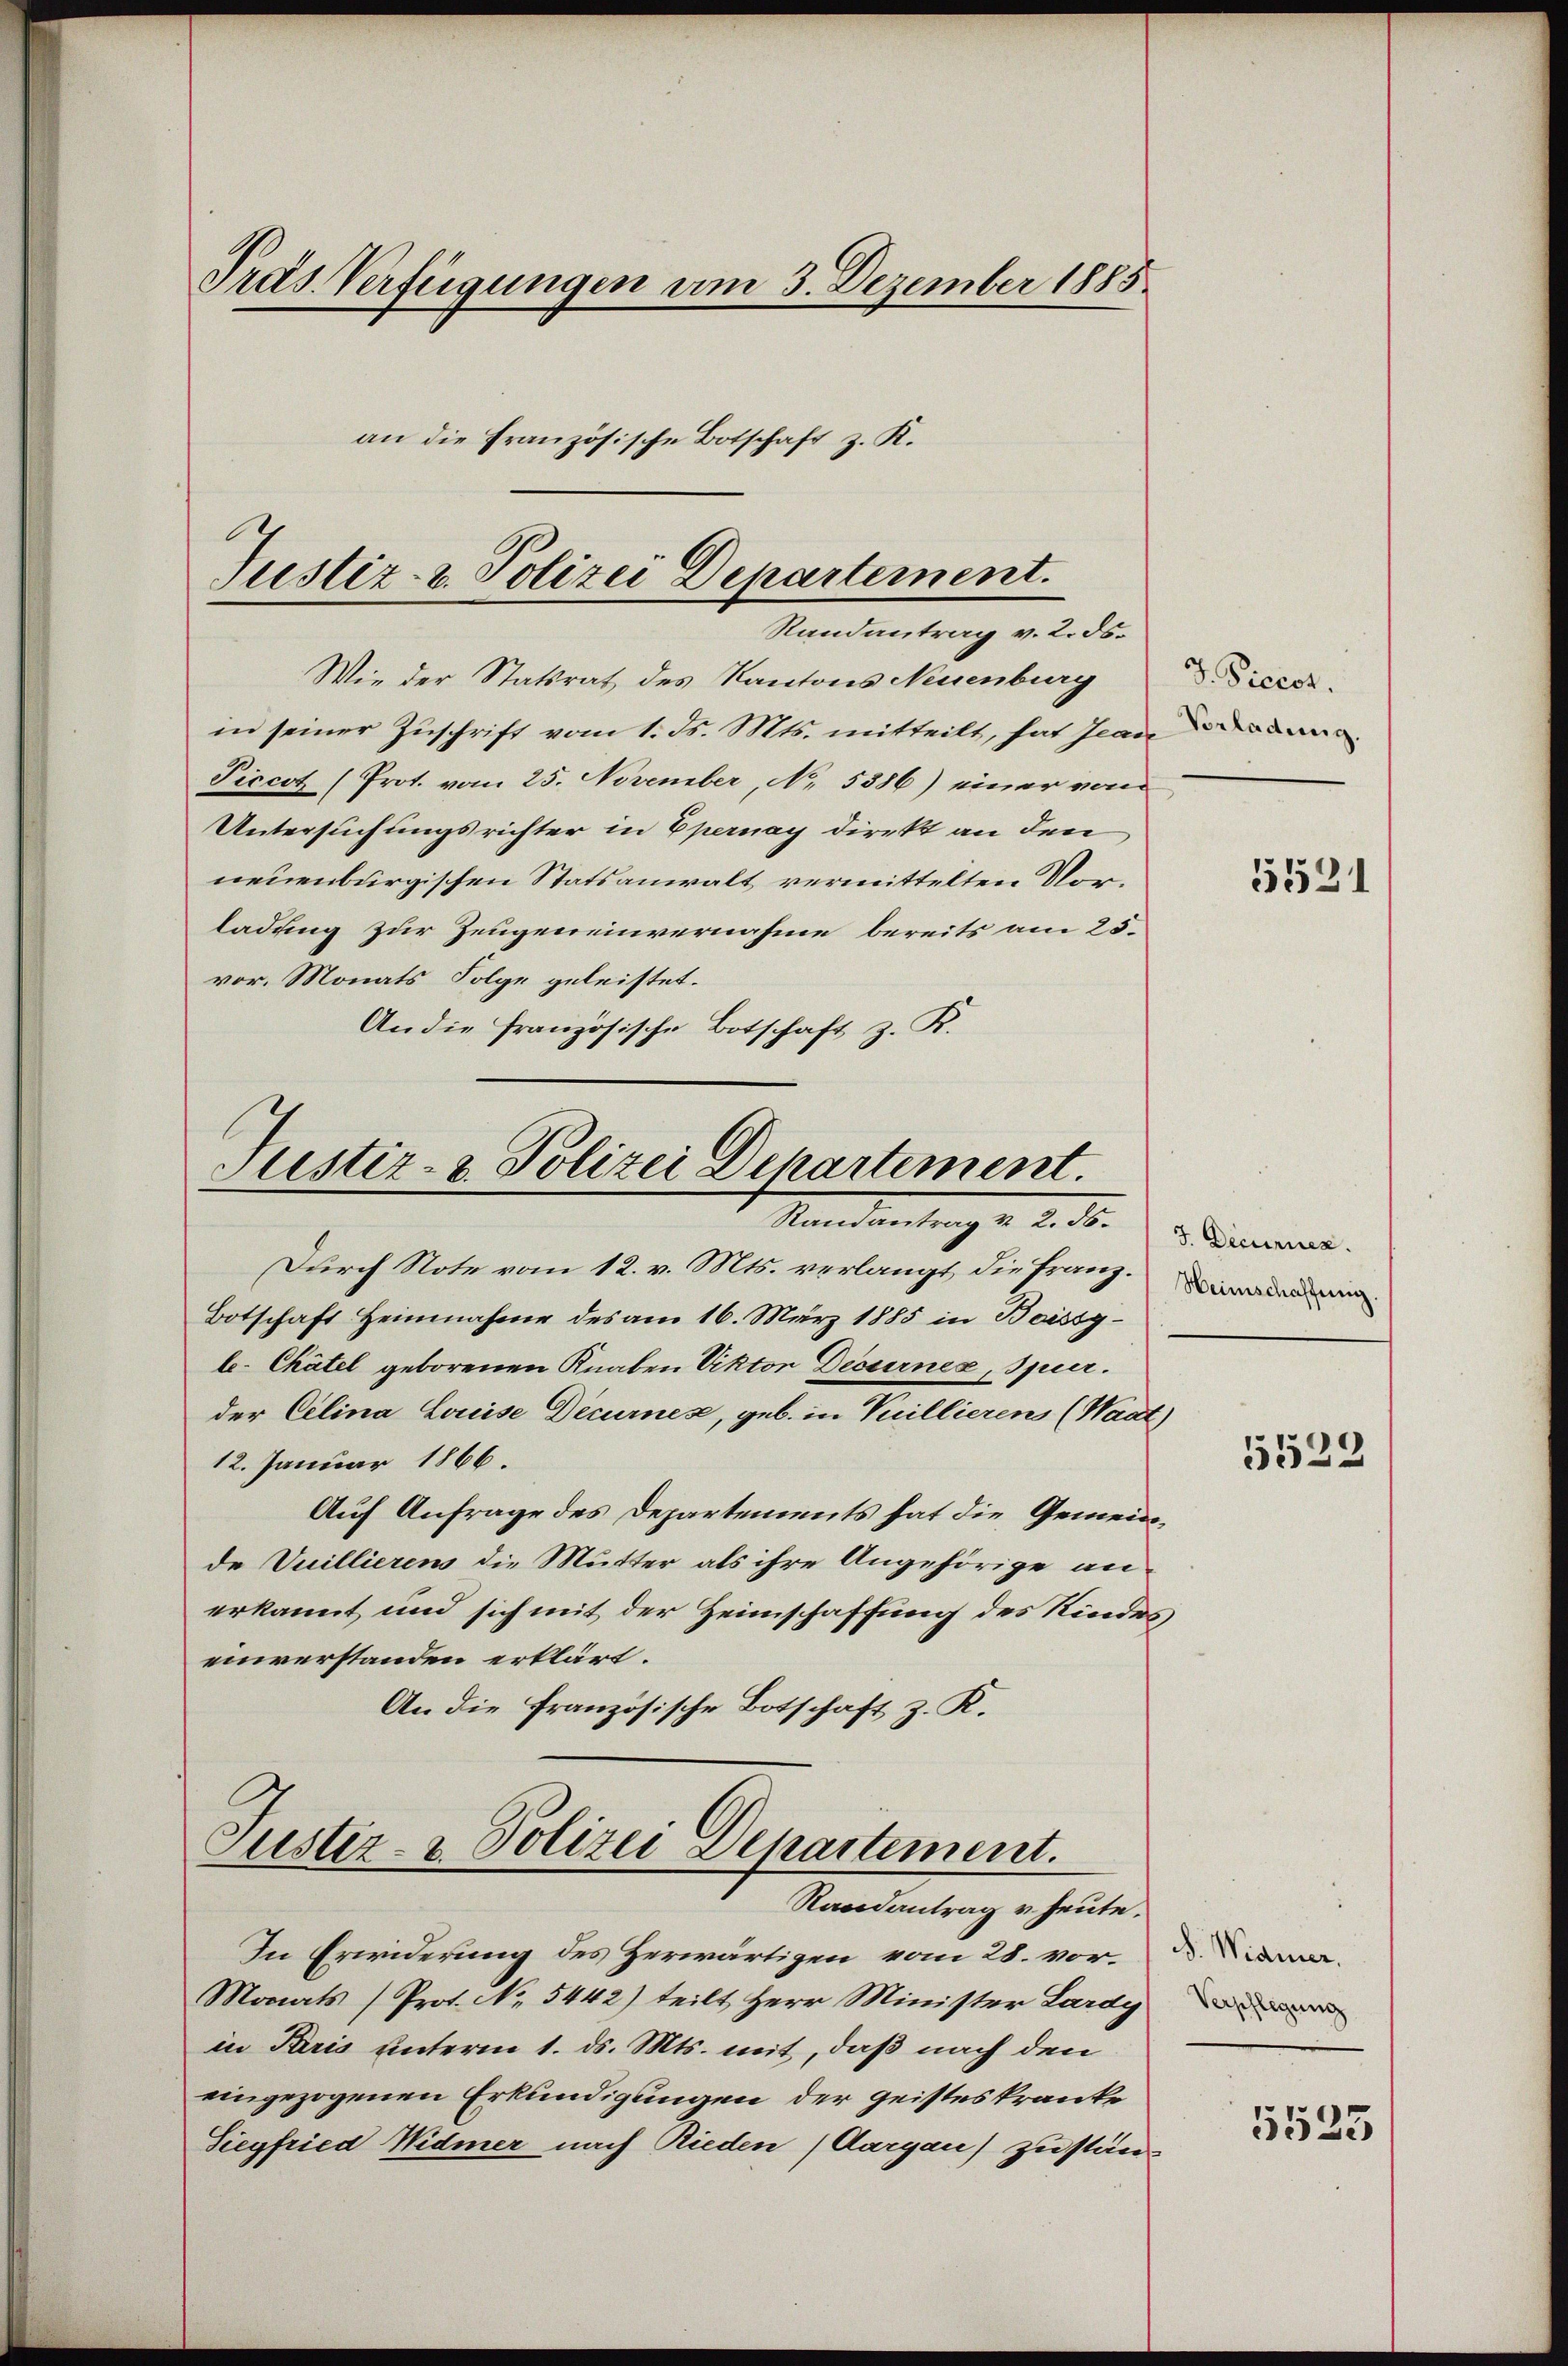
Pras Verfügungen am 3. Dezember 1885
an die Französische Botschaft z. K.

Justiz- & Polizei Departement.
Randantrag v. 2. ds.

Wie der Statsrat des Kantons Neuenburg
in seiner Zuschrift vom 1. ds. Mts. mitteilt, hat Jean
Piccot (Prot. vom 25. November, No. 5386) einer vom
Untersuchungsrichter in Epernay direkt an den
neuenburgischen Statsanwalt vermittelten Vorladung zur Zeugen einvernahme bereits am 25.
vor. Monats Folge geleistet.
An die Französische Botschaft z. K.

Justiz- & Polizei Departement.
Mandenhang d. d. d. d. d. Sinneren.

Justiz- & Polizei Departement.
Randantrag u. heute.

Durch Note vom 12. v. Mts. verlangt die Franz. Die
Botschaft Heinnahme des am 16. März 1885 in Baissgle- Chätel geborenen Knaben Viktor Decurnez, Spier.
der Celina Louise Decurnes, geb. in Vuillierens (Waat)
12. Januar 1866.
Auf Anfrage des Departements hat die Gemeinde Vuillierens die Mutter als ihre Angehörige an-
erkannt und sich mit der Heimschaffung des Kindes
einverstanden erklärt.
An die französische Botschaft z. K.

In Erwiderung des Herwärtigen vom 28. vor.
Monats (Prot. No. 5442) teilt Herr Minister Lardy
in Paris unterm 1. ds. Mts. mit, daß nach den
eingezogenen Erkundigungen der geisteskranke
Siegfried Widmer nach Rieden (Aargau) zustän

J. Piciot.
Vorladung.

55521

5522

S. Widmer.
Verpflegung

5525